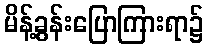
မိန့်ခွန်းပြောကြားရာ၌